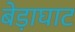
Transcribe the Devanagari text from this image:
बेड़ाघाट